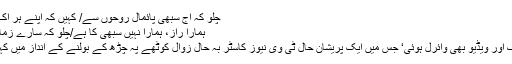
چلو کہ آج سبھی پائمال رُوحوں سے/ کہیں کہ اپنے ہر اک زخم کو زباں کر لیں
ہمارا راز، ہمارا نہیں سبھی کا ہے/چلو کہ سارے زمانے کو رازداں کر لیں
اسی وار تھیٹر کی ایک اور ویڈیو بھی وائرل ہوئی‘ جس میں ایک پریشان حال ٹی وی نیوز کاسٹر بہ حالِ زوال کوٹھے پہ چڑھ کے بولنے کے انداز میں کہہ رہی ہے: پاکستانیو!